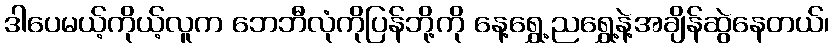
ဒါပေမယ့်ကိုယ့်လူက ဘေဘီလုံကိုပြန်ဘို့ကို နေ့ရွှေ့ညရွှေ့နဲ့အချိန်ဆွဲနေတယ်၊